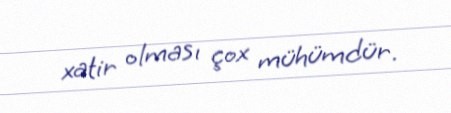
xatir olması çox mühümdür.